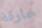
حارقة